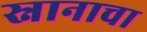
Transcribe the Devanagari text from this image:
स्नानाचा